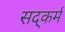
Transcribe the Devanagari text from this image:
सद्कर्म